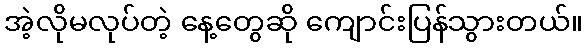
အဲ့လိုမလုပ်တဲ့ နေ့တွေဆို ကျောင်းပြန်သွားတယ်။